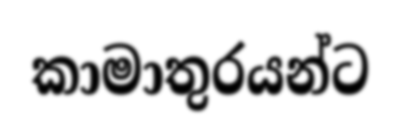
කාමාතුරයන්ට